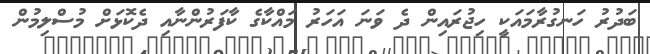
ބަދުރު ހަނގުރާމައަކީ ހިޖުރައިން ދެ ވަނަ އަހަރު މައްކާގެ ކާފަރުންނާއި ދެކޮޅަށް މުސްލިމުން